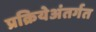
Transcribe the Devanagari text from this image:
प्रक्रियेअंतर्गत